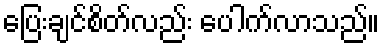
ပြေးချင်စိတ်လည်း ပေါက်လာသည်။